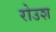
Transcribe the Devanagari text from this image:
रोउश